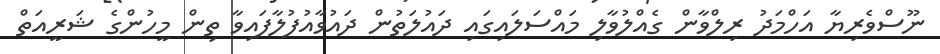
ނޫސްވެރިޔާ އަހްމަދު ރިލްވާން ގެއްލުވާލި މައްސަލައިގައި ދައުލަތުން ދައުވާއުފުލާފައިވާ ތިން މީހުންގެ ޝަރީއަތް